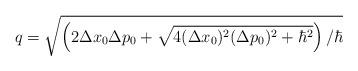
LaTeX: \begin{align*}q = \sqrt{\left( 2\Delta x_{0} \Delta p_{0} +\sqrt{4 (\Delta x_{0})^2(\Delta p_{0})^2 + {\hbar}^2 }\right)/\hbar }\end{align*}